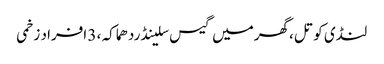
لنڈی کوتل ،گھرمیں گیس سلینڈردھماکہ ، 3 افراد زخمی